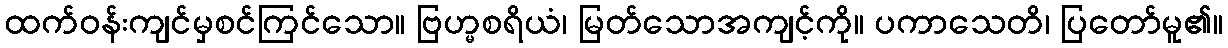
ထက်ဝန်းကျင်မှစင်ကြင်သော။ ဗြဟ္မစရိယံ၊ မြတ်သောအကျင့်ကို။ ပကာသေတိ၊ ပြတော်မူ၏။